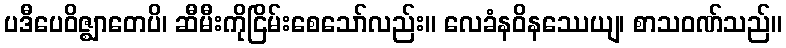
ပဒီပေဝိဇ္ဈာတေပိ၊ ဆီမီးကိုငြိမ်းစေသော်လည်း။ လေခံနဝိနဿေယျ၊ စာသဝဏ်သည်။